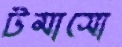
টমাসো